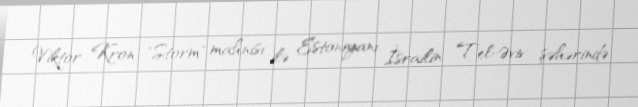
Viktor Kron "Storm" mahnısı ilə Estoniyanı İsrailin Tel-Əviv şəhərində